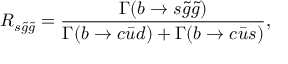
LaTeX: R _ { s \tilde { g } \tilde { g } } = { \frac { \Gamma ( b \rightarrow s \tilde { g } \tilde { g } ) } { \Gamma ( b \rightarrow c \bar { u } d ) + \Gamma ( b \rightarrow c \bar { u } s ) } } ,